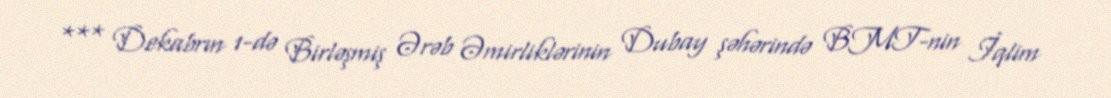
*** Dekabrın 1-də Birləşmiş Ərəb Əmirliklərinin Dubay şəhərində BMT-nin İqlim